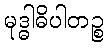
မုဒ္ဓါဓိပါတဉ္စ